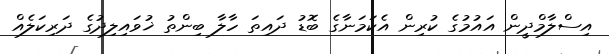
އިސްލާމްދީން އައުމުގެ ކުރިން އެކަމަނާގެ ބޮޑު ދައިތަ ހާލާ ބިންތު ޚުވައިލިދުގެ ދަރިކަލެއް